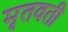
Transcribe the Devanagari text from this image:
मृतवती